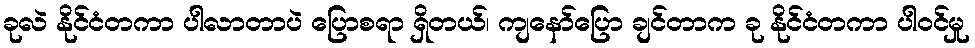
ခုလဲ နိုင်ငံတကာ ပါလာတာပဲ ပြောစရာ ရှိတယ်၊ ကျနော်ပြော ချင်တာက ခု နိုင်ငံတကာ ပါဝင်မှု